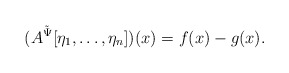
\begin{align*}(A^{\tilde \Psi}[\eta_1,\dots,\eta_n])(x) = f(x) - g(x).\end{align*}